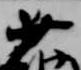
少